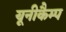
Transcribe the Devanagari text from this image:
यूनीकैम्प